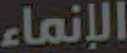
الإنماء